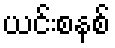
ယင်းစနစ်